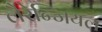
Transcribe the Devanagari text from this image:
लैरेन्जियल